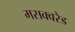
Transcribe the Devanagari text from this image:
मसक्वरेड